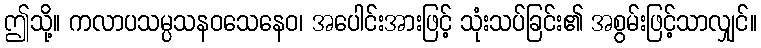
ဤသို့။ ကလာပသမ္ပသနဝသေနေဝ၊ အပေါင်းအားဖြင့် သုံးသပ်ခြင်း၏ အစွမ်းဖြင့်သာလျှင်။